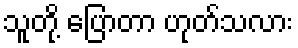
သူတို့ ပြောတာ ဟုတ်သလား